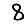
Digit: 8